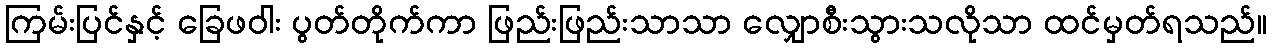
ကြမ်းပြင်နှင့် ခြေဖဝါး ပွတ်တိုက်ကာ ဖြည်းဖြည်းသာသာ လျှောစီးသွားသလိုသာ ထင်မှတ်ရသည်။